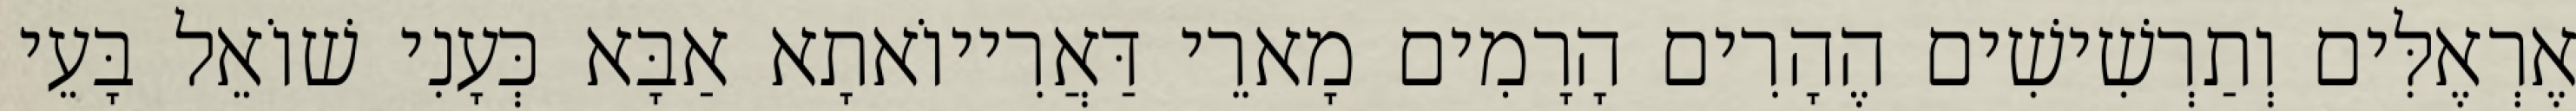
אֶרְאֶלִּים וְתַרְשִׁישִׁים הֶהָרִים הָרָמִים מָארֵי דַּאֲרִייוֹאתָא אַבָּא כְּעָנִי שׁוֹאֵל בָּעֵי